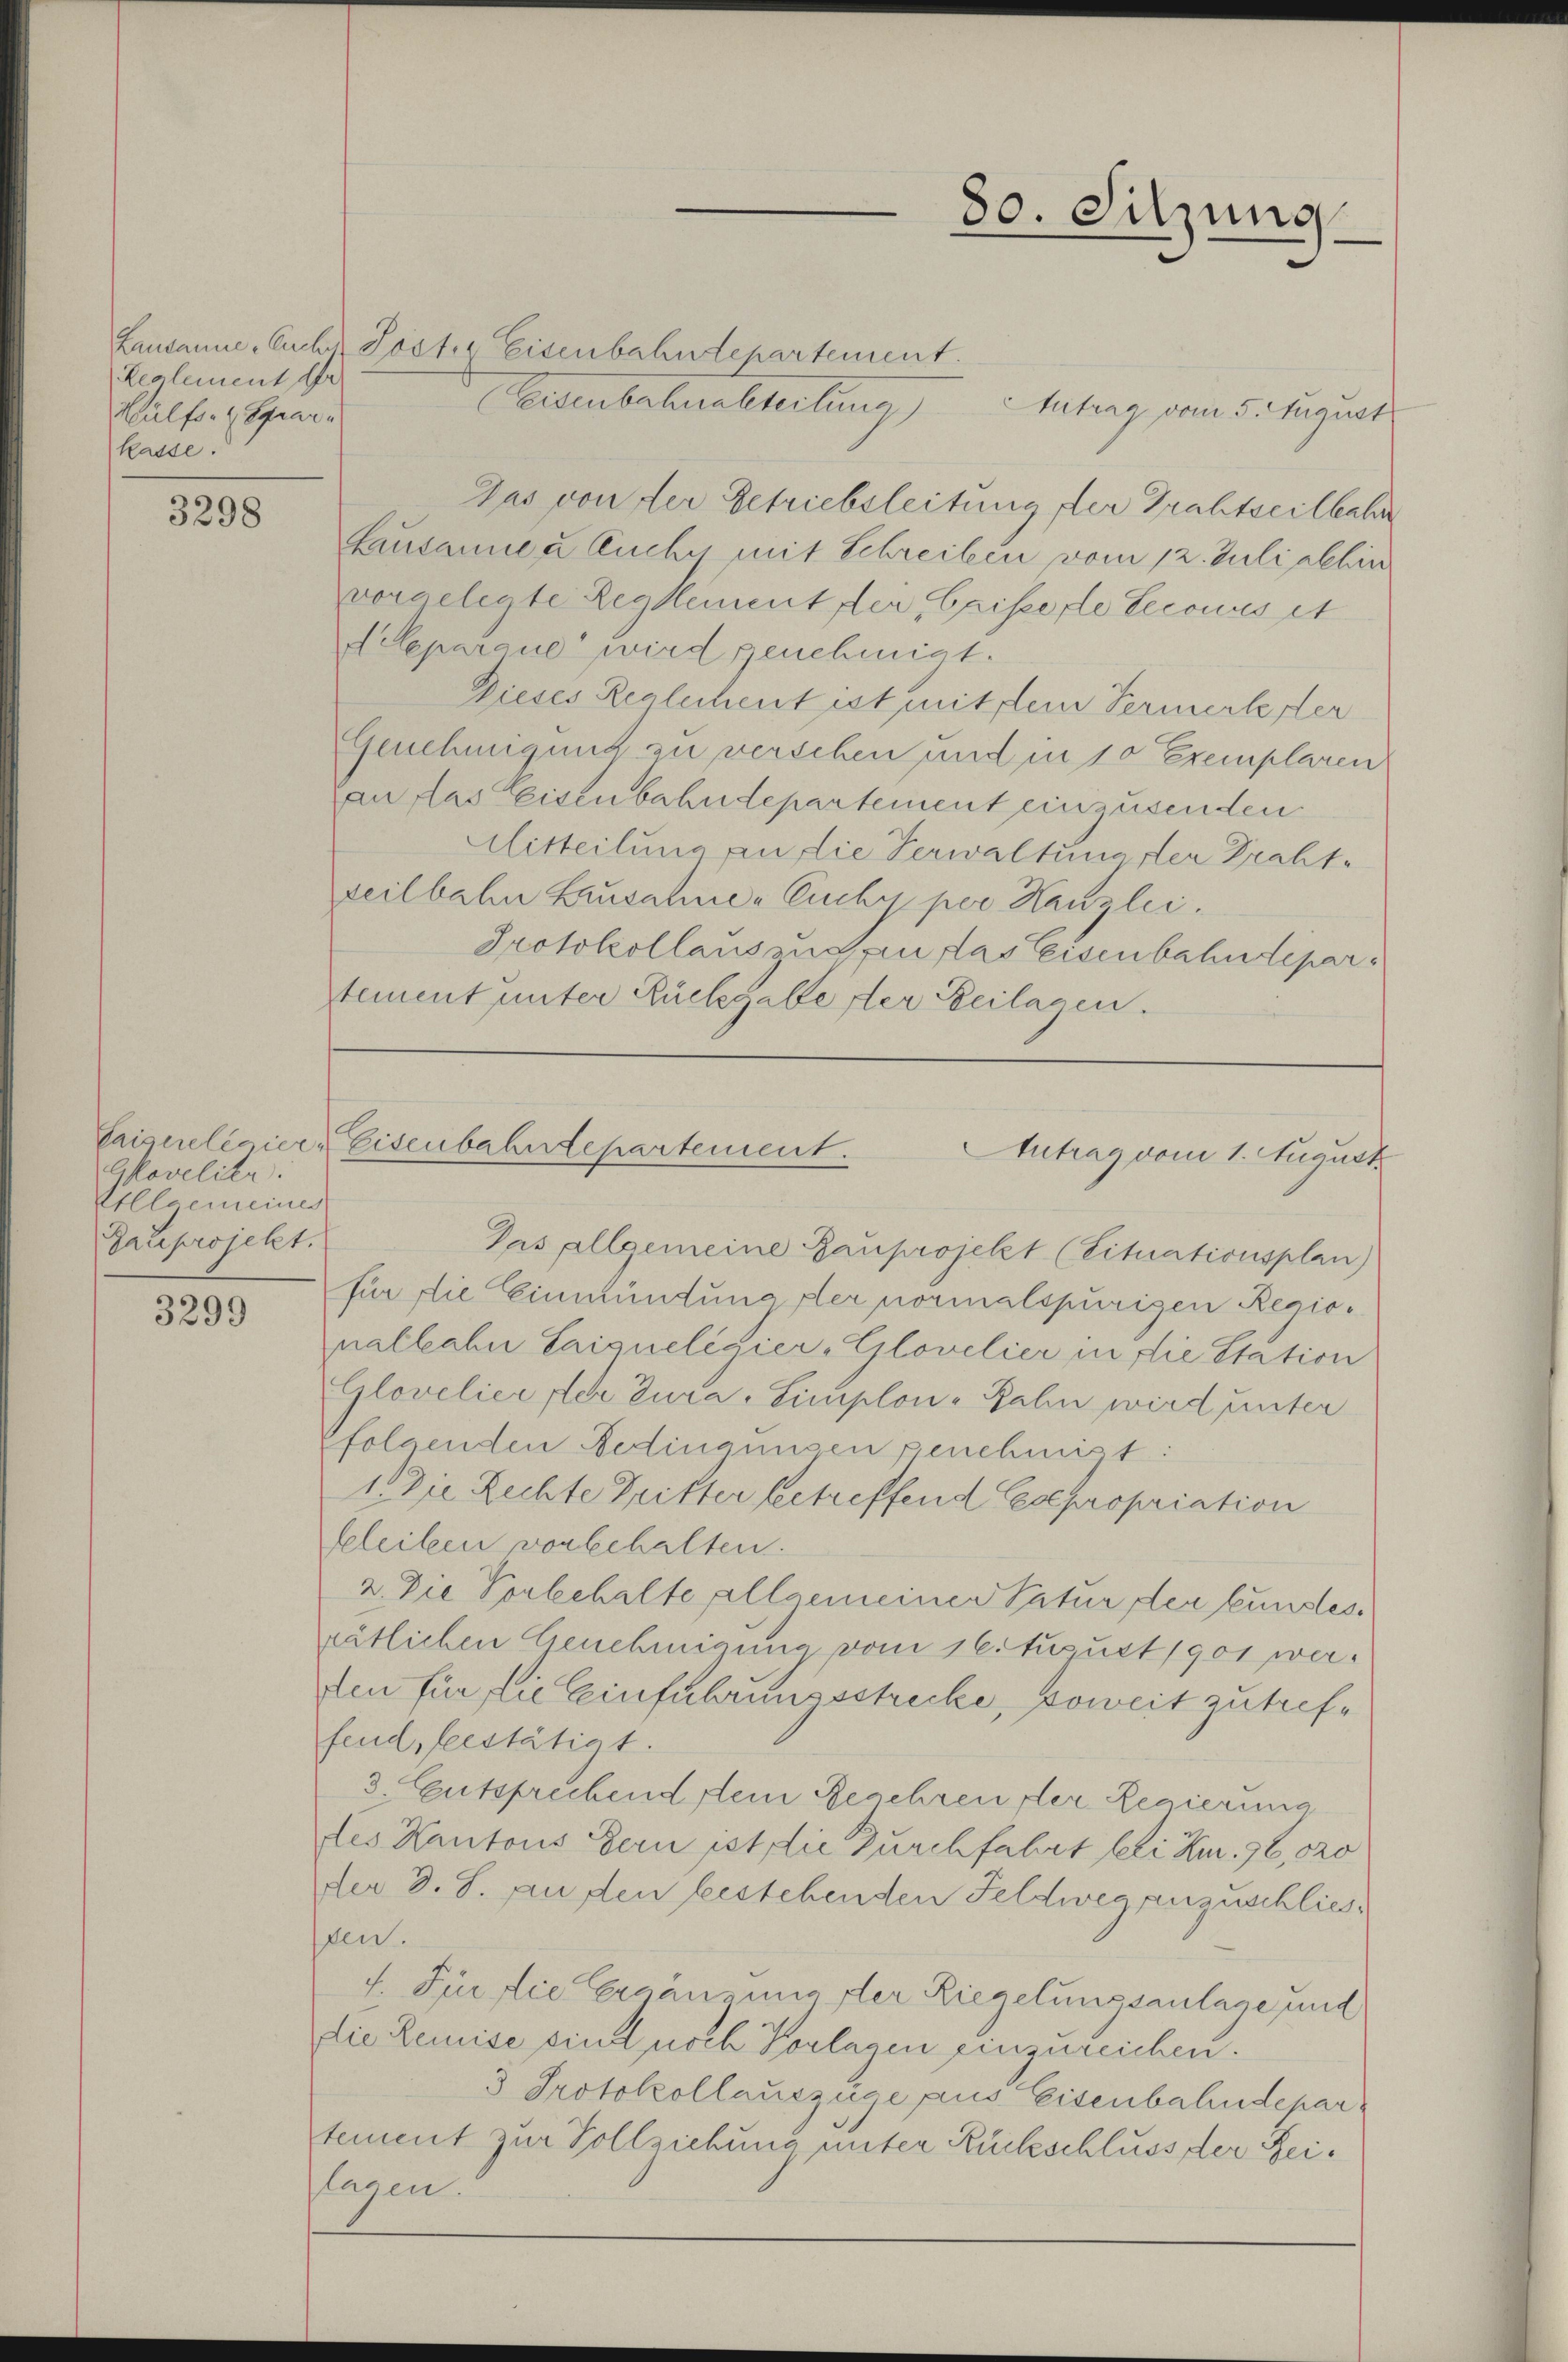
Realement der
Hülfs-Spar
kasse.

3298

Govelier.
VIllgemeiner
Dauprojekt.

3299

Lausanne Eucher Poster Eisenbahndepartement.
(Eisenbahnabteilung) Antrag vom 5. August
Das von der Getriebsleitung der Grahtseilbahr
Lausanne à sucher mit Schreiben vom 12. Juli alhin
vorgelegte Reglement der Episse le secours et
Akeparaue wird genehmigt.
Dieses Reglichent ist mit dem Vermerke der
Genehmigung zu verschen und in 10 Exemplaren
an das Eisenbahndepartement einzusenden.
Mitteilung an die Verwaltung der Draht-
seilbahn Lausahne - Cichy per Kanzlei.
Protokollauszugen das eisenbahndepartement unter Rückgabe der Beilagen.

80. Sitzung

Caiserelegiere Eisenbahntepartement.
Antrag vom 1. August

Pas allgemeine Bauprojekt (Situationsplan)
für die Einmündung der normalspurigen Regiopalkaln Saiqueligier-Glovelier in die Station
Glovelier der Tura-Simplon-Bahn wird unter
folgenden Bedingensen genehmigt:
1. Die Rechte Dritter betreffend Expropriation
feleiben vorbehalten.
2. Die Vorbehalte allgemeiner Natur der bundes
rätlichen Genehmigung vom 16. August 1901 werden für die Einführungsstrecke, soweit zutreffend seestätigt.
3. Entsprechend dem Begehren der Regierung
des Kantons Gern ist die Durchfahrt bei Km. 96,020
der d. S. au den bestehenden Feldweg anzuschliesten.
f. Für die Ergängung der Riegelungsanlage und
die Remise sind noch Vorlagen einzureichen.
3 Protokollauszüge aus Eisenbahndepar
tement zur Vollziehung unter Rückschluss der Reiflagen.